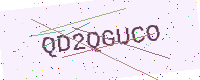
Text: QD2QGUCO